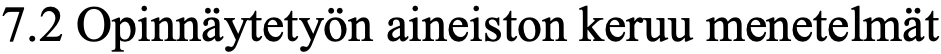
7.2 Opinnäytetyön aineiston keruu menetelmät